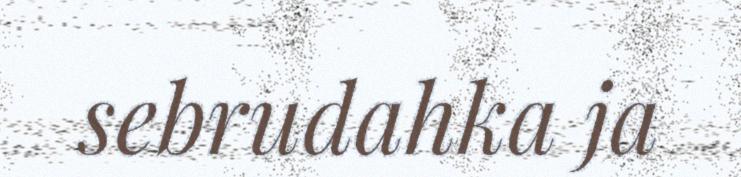
sebrudahka ja